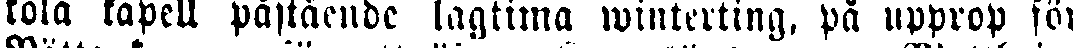
kola kapell påstående lagtima winterting, på upprop för